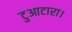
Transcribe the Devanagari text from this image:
टुआटारा।